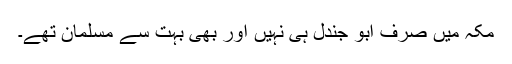
مکہ میں صرف ابو جندل ہی نہیں اور بھی بہت سے مسلمان تھے۔